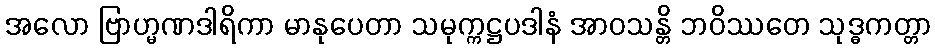
အလော ဗြာဟ္မဏဒါရိကာ မာနုပေတာ သမုက္ကဋ္ဌပဒါနံ အာဝသန္တိ ဘဝိဿတေ သုဒ္ဓကတ္တာ